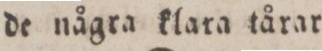
de några klara tårar.